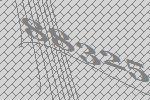
88325